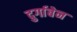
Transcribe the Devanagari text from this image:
दुर्गाबेन